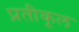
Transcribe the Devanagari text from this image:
प्रतीकूल